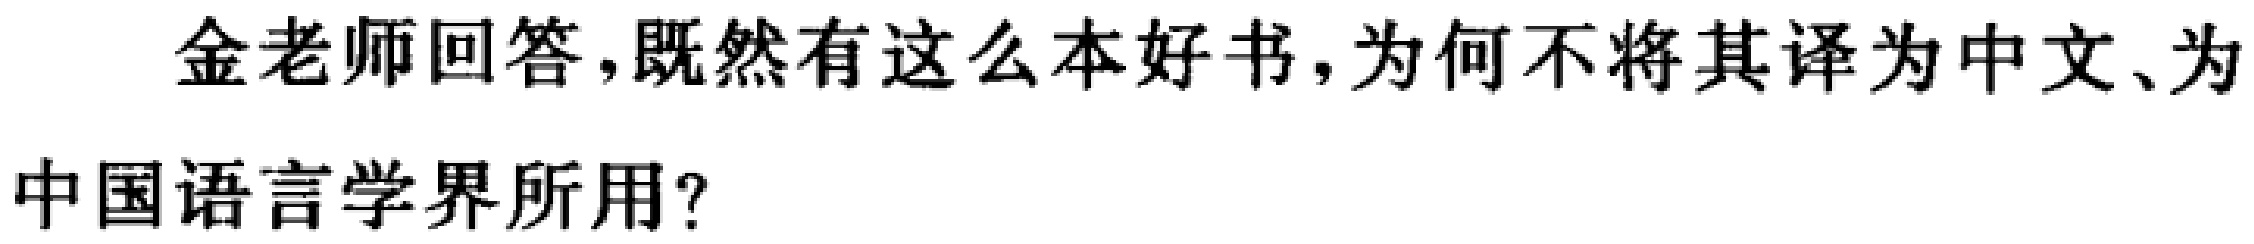
金老师回答，既然有这么本好书，为何不将其译为中文、为中国语言学界所用？